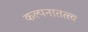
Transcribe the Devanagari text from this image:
कल्पनातत्त्व